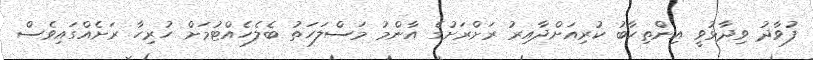
ފުވާދު ވިދާޅުވީ އިންތިހާބު ކުރިއަށްދާއިރު ރަށްރަށުގެ އާންމު މަސްލަހަތު ބެލެހެއްޓުމަށް ހުރިހާ ރަށެއްގައިވެސް